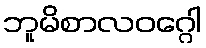
ဘူမိစာလဝဂ္ဂေါ